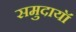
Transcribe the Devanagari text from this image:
समुदायॉ